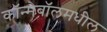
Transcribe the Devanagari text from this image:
कॉन्मेबॉलमधील